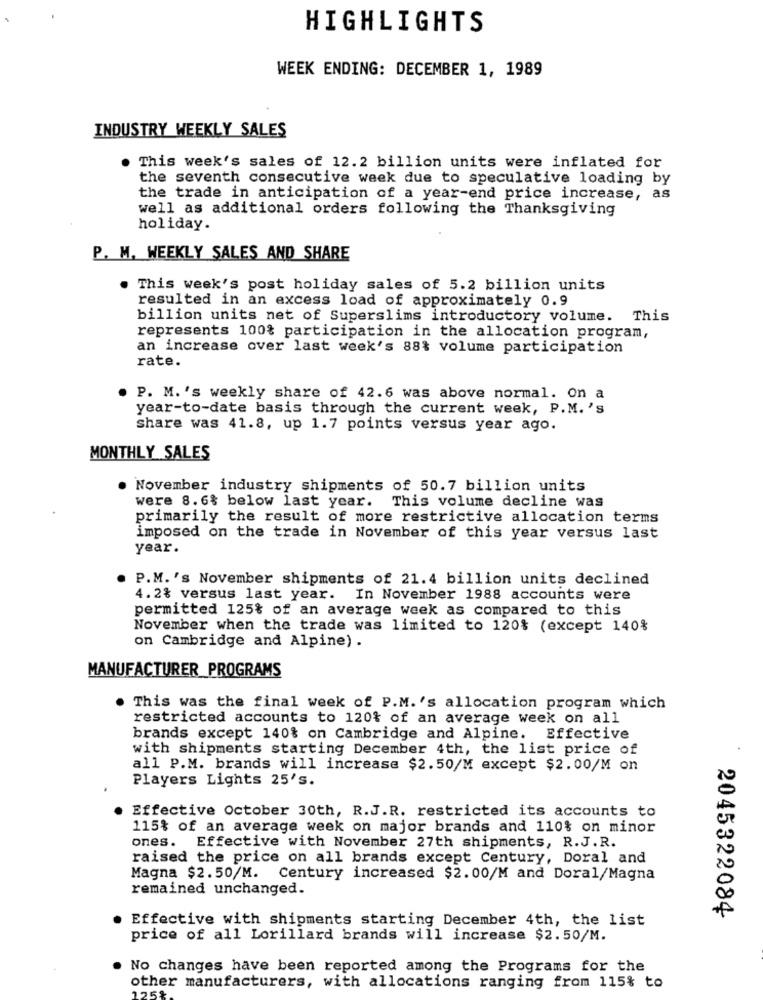
HIGHLIGHTS
WEEK ENDING: DECEMBER 1, 1989
INDUSTRY WEEKLY SALES
This week's sales of 12.2 billion units were inflated for
the seventh consecutive week due to speculative loading by
the trade in anticipation of a year-end price increase, as
well as additional orders following the Thanksgiving
holiday.
P. M. WEEKLY SALES AND SHARE
This week's post holiday sales of 5.2 billion units
resulted in an excess load of approximately 0.9
billion units net of Superslims introductory volume. This
represents 100% participation in the allocation program,
an increase over last week's 88% volume participation
rate.
P. M. 's weekly share of 42.6 was above normal. On a
year-to-date basis through the current week, P.M. 's
share was 41.8, up 1.7 points versus year ago.
MONTHLY SALES
November industry shipments of 50.7 billion units
were 8.6% below last year. This volume decline was
primarily the result of more restrictive allocation terms
imposed on the trade in November of this year versus last
year.
P.M.'s November shipments of 21.4 billion units declined
4.2% versus last year. In November 1988 accounts were
permitted 125% of an average week as compared to this
November when the trade was limited to 120% (except 140%
on Cambridge and Alpine) .
MANUFACTURER_PROGRAMS
This was the final week of P.M. 's allocation program which
restricted accounts to 120% of an average week on all
brands except 140% on Cambridge and Alpine. Effective
with shipments starting December 4th, the list price of
all P.M. brands will increase $2.50/M except $2.00/M on
Players Lights 25's.
Effective October 30th, R.J.R. restricted its accounts to
115% of an average week on major brands and 110% on minor
ones. Effective with November 27th shipments, R.J.R.
raised the price on all brands except Century, Doral and
Magna $2.50/M. Century increased $2.00/M and Doral/Magna
remained unchanged.
2045322084
Effective with shipments starting December 4th, the list
price of all Lorillard brands will increase $2.50/M.
No changes have been reported among the Programs for the
other manufacturers, with allocations ranging from 115% to